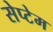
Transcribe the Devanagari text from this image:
सेप्टेम